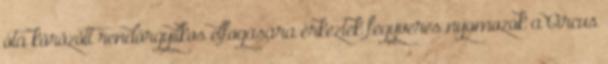
óta körözött rendőrgyilkos elfogására érkeztek fegyveres nyomozók a Circus